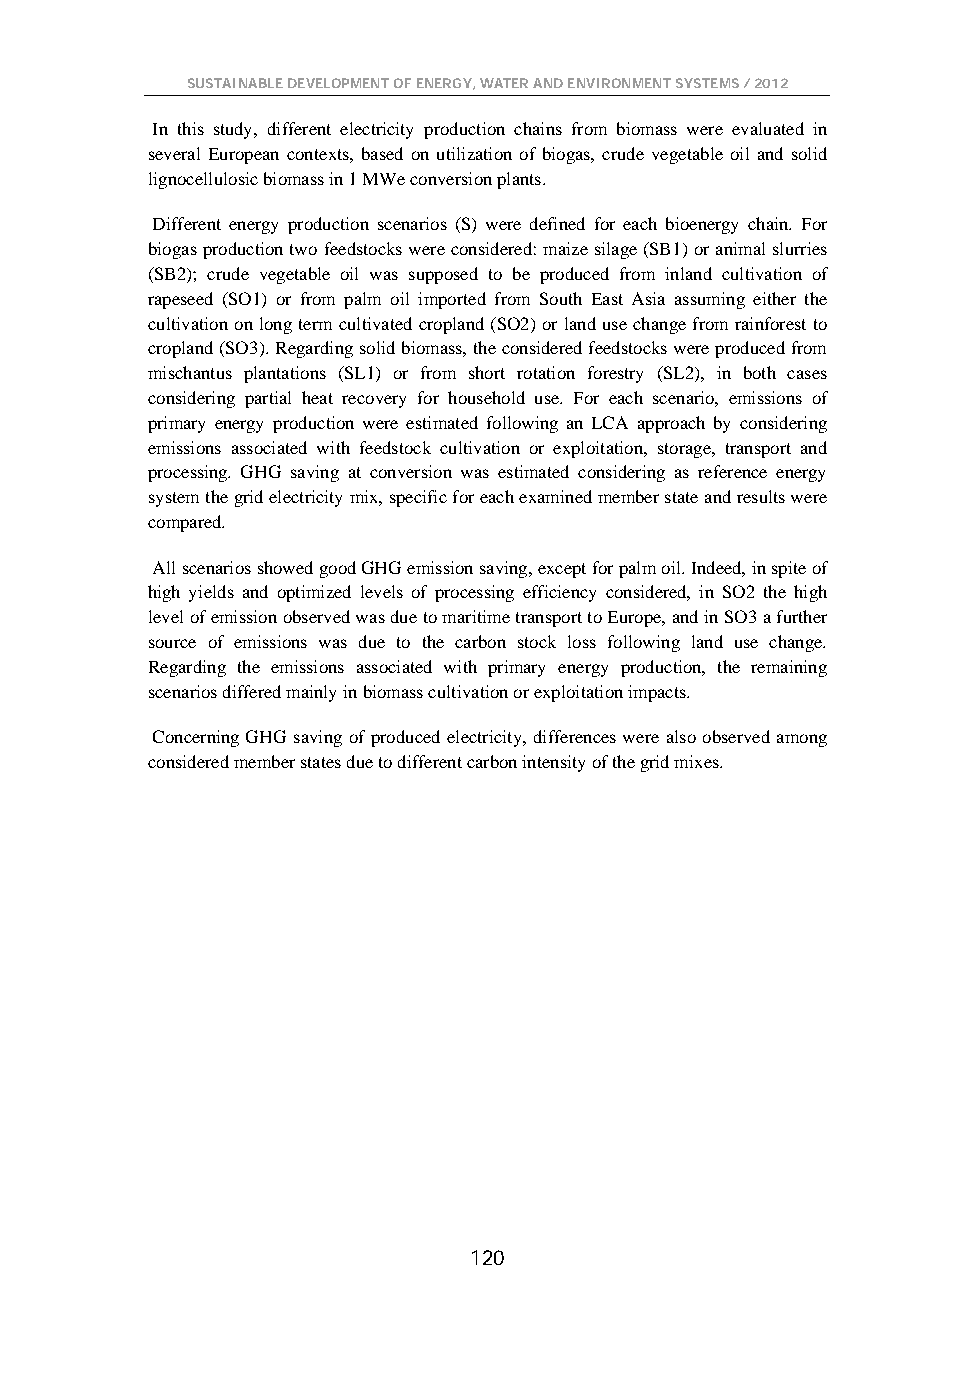
SUSTAINABLE DEVELOPMENT OF ENERGY, WATER AND ENVIRONMENT SYSTEMS / 2012
 In this study, different electricity production chains from biomass were evaluated in
 several European contexts, based on utilization of biogas, crude vegetable oil and solid
 lignocellulosic biomass in 1 MWe conversion plants.
 Different energy production scenarios (S) were defined for each bioenergy chain. For
 biogas production two feedstocks were considered: maize silage (SB1) or animal slurries
 (SB2); crude vegetable oil was supposed to be produced from inland cultivation of
 rapeseed (SO1) or from palm oil imported from South East Asia assuming either the
 cultivation on long term cultivated cropland (SO2) or land use change from rainforest to
 cropland (SO3). Regarding solid biomass, the considered feedstocks were produced from
 mischantus plantations (SL1) or from short rotation forestry (SL2), in both cases
 considering partial heat recovery for household use. For each scenario, emissions of
 primary energy production were estimated following an LCA approach by considering
 emissions associated with feedstock cultivation or exploitation, storage, transport and
 processing. GHG saving at conversion was estimated considering as reference energy
 system the grid electricity mix, specific for each examined member state and results were
 compared.
 All scenarios showed good GHG emission saving, except for palm oil. Indeed, in spite of
 high yields and optimized levels of processing efficiency considered, in SO2 the high
 level of emission observed was due to maritime transport to Europe, and in SO3 a further
 source of emissions was due to the carbon stock loss following land use change.
 Regarding the emissions associated with primary energy production, the remaining
 scenarios differed mainly in biomass cultivation or exploitation impacts.
 Concerning GHG saving of produced electricity, differences were also observed among
 considered member states due to different carbon intensity of the grid mixes.
 120